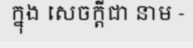
ក្នុង សេចក្តីជា នាម -